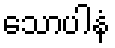
သောပါနံ